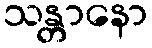
သန္တာနော